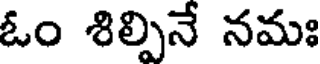
ఓం శిల్పినే నమః